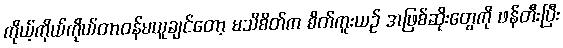
ကိုယ့်ကိုယ်ကိုယ်တာဝန်မယူချင်တော့ မသိစိတ်က စိတ်ကူးယဉ် အဖြစ်ဆိုးတွေကို ဖန်တီးပြီး